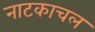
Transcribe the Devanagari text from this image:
नाटकाचल